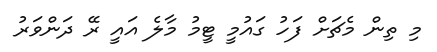
މި ތިން މެޗަށް ފަހު ގައުމީ ޓީމު މާލެ އައީ ރޭ ދަންވަރު